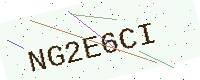
Text: NG2E6CI